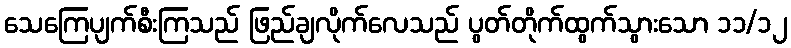
သေကြေပျက်စီးကြသည် ဖြည်ချလိုက်လေသည် ပွတ်တိုက်ထွက်သွားသော ၁၁/၁၂